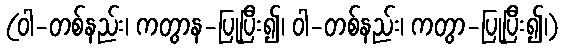
(ဝါ-တစ်နည်း၊ ကတွာန-ပြုပြီး၍၊ ဝါ-တစ်နည်း၊ ကတွာ-ပြုပြီး၍၊)